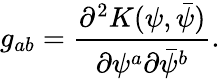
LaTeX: g_{ab}={\frac{\partial^{2}K(\psi,\bar{\psi})}{\partial\psi^{a}\partial\bar{\psi}^{b}}}.